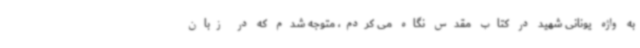
به واژه یونانی شهید در کتاب مقدس نگاه می کردم، متوجه شدم که در زبان